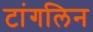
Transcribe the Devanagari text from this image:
टांगलिन